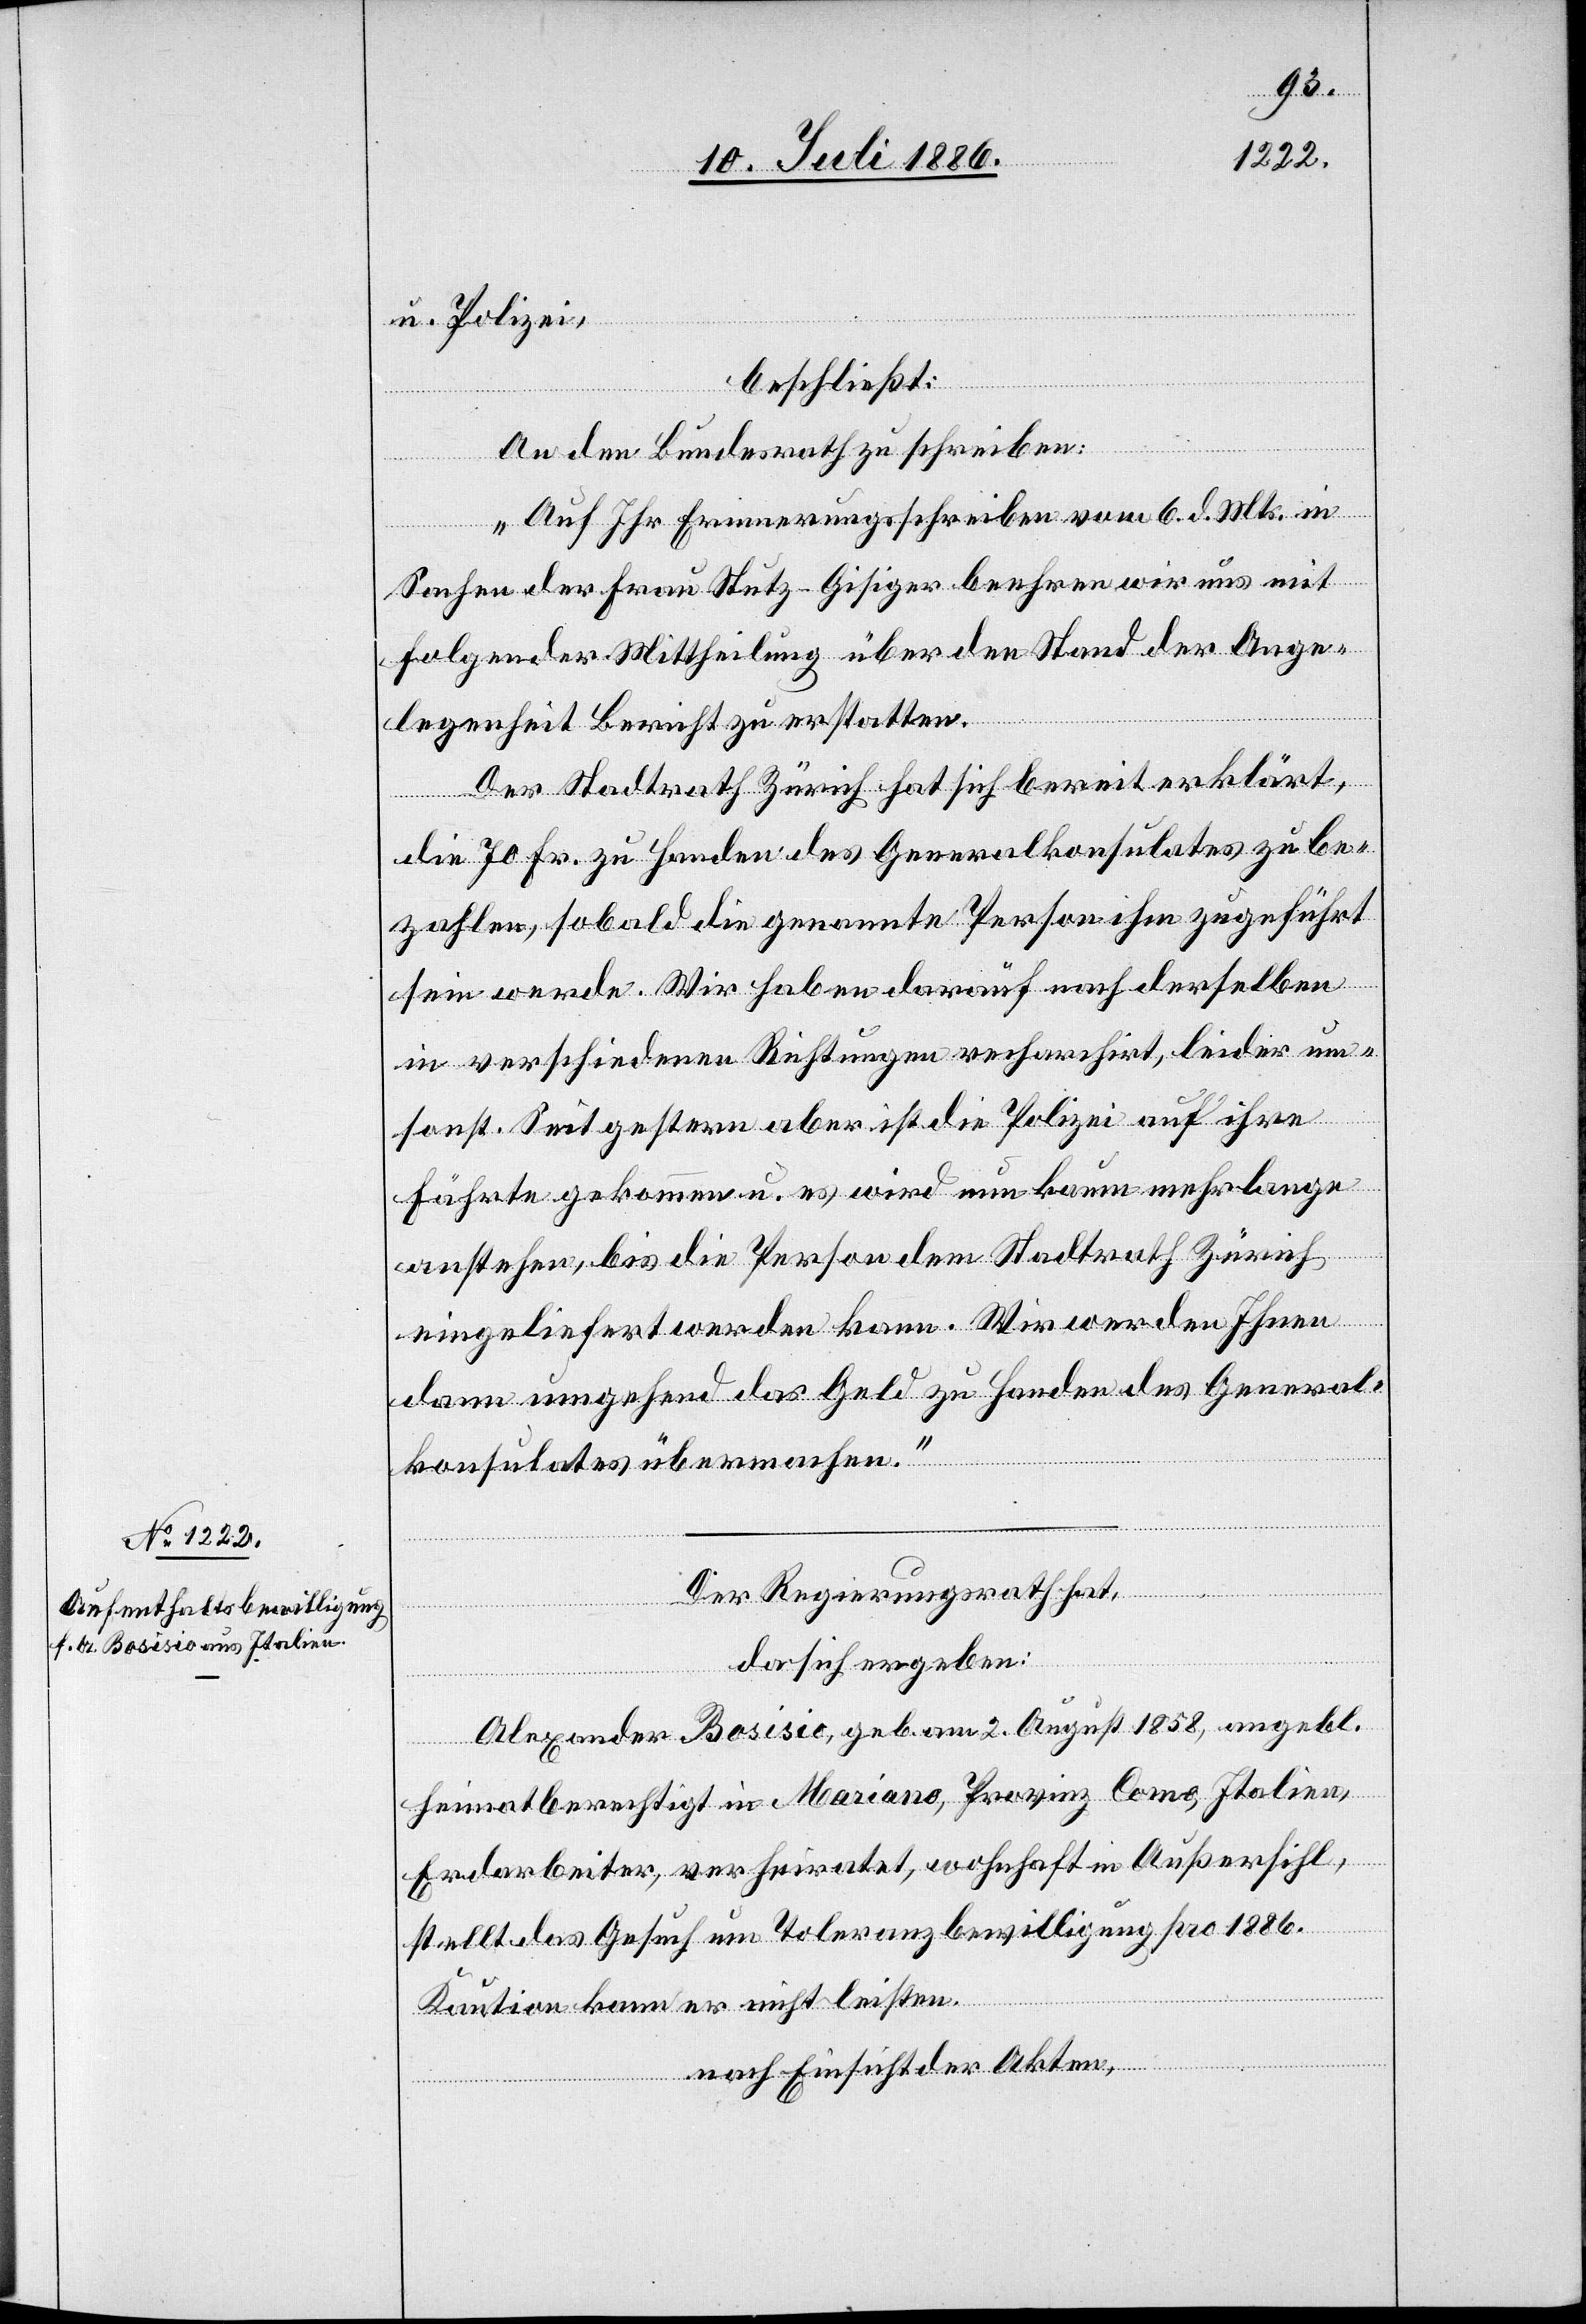
u. Polizei,
beschließt:
An den Bundesrath zu schreiben:
„Auf Ihr Erinnerungsschreiben vom 6. d. Mts. in
Sachen der Frau Stutz-Gisiger beehren wir uns mit
folgender Mittheilung über den Stand der Ange¬
legenheit Bericht zu erstatten.
Der Stadtrath Zürich hat sich bereit erklärt,
die 70 Fr. zu Handen des Generalkonsulates zu be¬
zahlen, sobald die genannte Person ihm zugeführt
sein werde. Wir haben darauf nach derselben
in verschiedenen Richtungen recherchirt, leider um¬
sonst. Seit gestern aber ist die Polizei auf ihre
Fährte gekommen u. es wird nun kaum mehr lange
anstehen, bis die Person dem Stadtrath Zürich
eingeliefert werden kann. Wir werden Ihnen
dann umgehend das Geld zu Handen des General¬
konsulates übermachen.“
Der Regierungsrath hat,
da sich ergeben:
Alexander Bosisio, geb. am 2. August 1858, angebl.
heimatberechtigt in Mariano, Provinz Como, Italien,
Erdarbeiter, verheiratet, wohnhaft in Außersihl,
stellt das Gesuch um Toleranzbewilligung pro 1886.
Kaution kann er nicht leisten.
nach Einsicht der Akten,